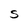
Character: S